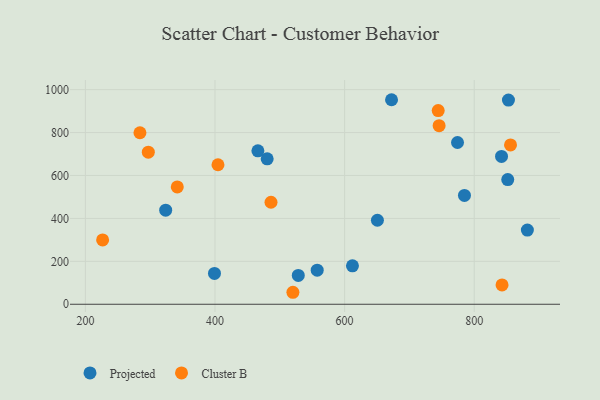
{"axis": {"x": "Investment", "y": "Rating"}, "legend": ["Cluster B", "Projected"], "data": [{"x": "650.6", "y": 391.5, "type": "Projected"}, {"x": "399.2", "y": 143.6, "type": "Projected"}, {"x": "784.9", "y": 507.2, "type": "Projected"}, {"x": "480.5", "y": 677.7, "type": "Projected"}, {"x": "852.8", "y": 951.4, "type": "Projected"}, {"x": "672.4", "y": 953.0, "type": "Projected"}, {"x": "882.0", "y": 345.7, "type": "Projected"}, {"x": "528.5", "y": 134.2, "type": "Projected"}, {"x": "851.7", "y": 581.1, "type": "Projected"}, {"x": "466.2", "y": 714.8, "type": "Projected"}, {"x": "774.2", "y": 753.8, "type": "Projected"}, {"x": "323.9", "y": 438.3, "type": "Projected"}, {"x": "612.1", "y": 178.9, "type": "Projected"}, {"x": "557.7", "y": 158.9, "type": "Projected"}, {"x": "842.1", "y": 688.6, "type": "Projected"}, {"x": "745.8", "y": 832.3, "type": "Cluster B"}, {"x": "341.8", "y": 546.6, "type": "Cluster B"}, {"x": "284.2", "y": 799.2, "type": "Cluster B"}, {"x": "744.4", "y": 902.3, "type": "Cluster B"}, {"x": "404.6", "y": 650.1, "type": "Cluster B"}, {"x": "226.6", "y": 299.5, "type": "Cluster B"}, {"x": "486.4", "y": 475.2, "type": "Cluster B"}, {"x": "520.2", "y": 55.8, "type": "Cluster B"}, {"x": "856.0", "y": 742.3, "type": "Cluster B"}, {"x": "842.9", "y": 90.0, "type": "Cluster B"}, {"x": "297.1", "y": 708.6, "type": "Cluster B"}]}